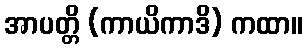
အာပတ္တိ (ကာယိကာဒိ) ကထာ။